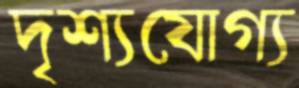
দৃশ্যযোগ্য